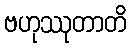
ဗဟုဿုတာတိ